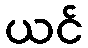
ယင်